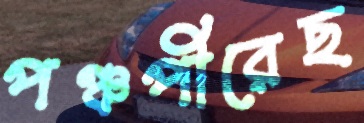
পঞ্চপীরেছ